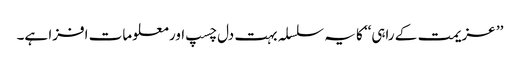
’’ عزیمت کے راہی‘‘ کا یہ سلسلہ بہت دل چسپ اور معلومات افزا ہے۔